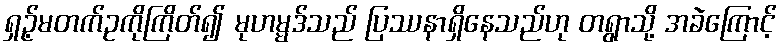
ရှဉ့်မတက်ဥကိုကြိတ်၍ မုဟမ္မဒ်သည် ပြဿနာရှိနေသည်ဟု တရွာသို့ အခဲကြောင့်